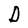
Character: D